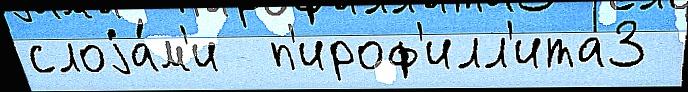
слоjа́м'и  п'ироф'илл'ита3